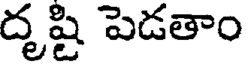
దృష్టి పెడతాం